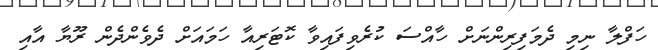
ހަފްލާ ނިމި ދެމަފިރިންނަށް ހާއްސަ ކުރެވިފައިވާ ކޮޓަރިއާ ހަމައަށް ދެވެންދެން ރޫޔާ އާއި